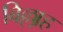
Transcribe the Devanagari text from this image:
बिल्लाह